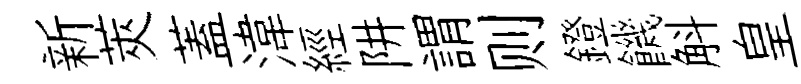
新莢蓋湋經阱謂则鐙饑斛皇